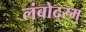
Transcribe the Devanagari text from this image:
लंबोदरम्